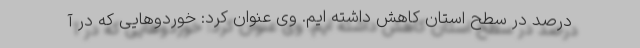
درصد در سطح استان کاهش داشته ایم. وی عنوان کرد: خوردوهایی که در آ